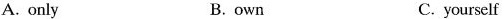
A. only B. own C. yourself